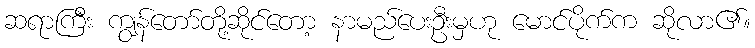
ဆရာကြီး ကျွန်တော်တို့ဆိုင်တော့ နာမည်ပေးဦးမှဟု မောင်ပိုက်က ဆိုလာ၏။